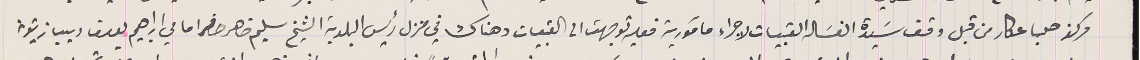
مركز حلبا عكار من قبل وقف سَيدة الغسَاله القبيات لاجراء مآمورية فعليه توجهت الى القبيات وهناك في منزل رئيس البلدية الشيخ سليم ضاهر حاضر امامي ابراهيم يوسف ديب زيتونه